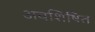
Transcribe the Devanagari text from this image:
अवशिषित